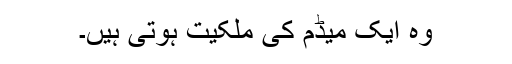
وہ ایک میڈم کی ملکیت ہوتی ہیں۔